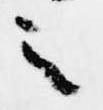
之